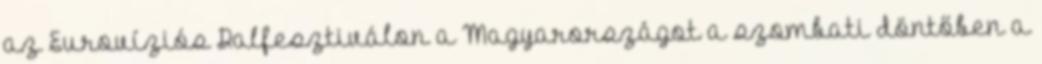
az Eurovíziós Dalfesztiválon a Magyarországot a szombati döntőben a